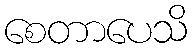
စေတာပေသိ